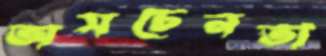
অসচেনতা